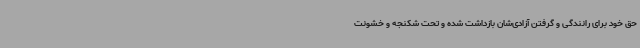
حق خود برای رانندگی و گرفتن آزادی‌شان بازداشت شده و تحت شکنجه و خشونت